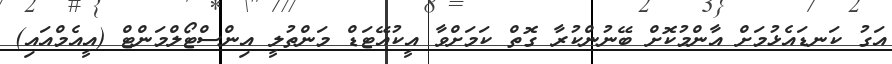
އަގު ކަނޑައެޅުމަށް އާންމުކޮށް ބޭނުންކުރާ ގޮތް ކަމަށްވާ އީކުއޭޓަޑް މަންތުލީ އިންސްޓޯލްމަންޓް (އީއެމްއައި)